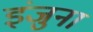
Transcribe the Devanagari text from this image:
इंजुना